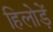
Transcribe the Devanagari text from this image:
हिलोड़ें